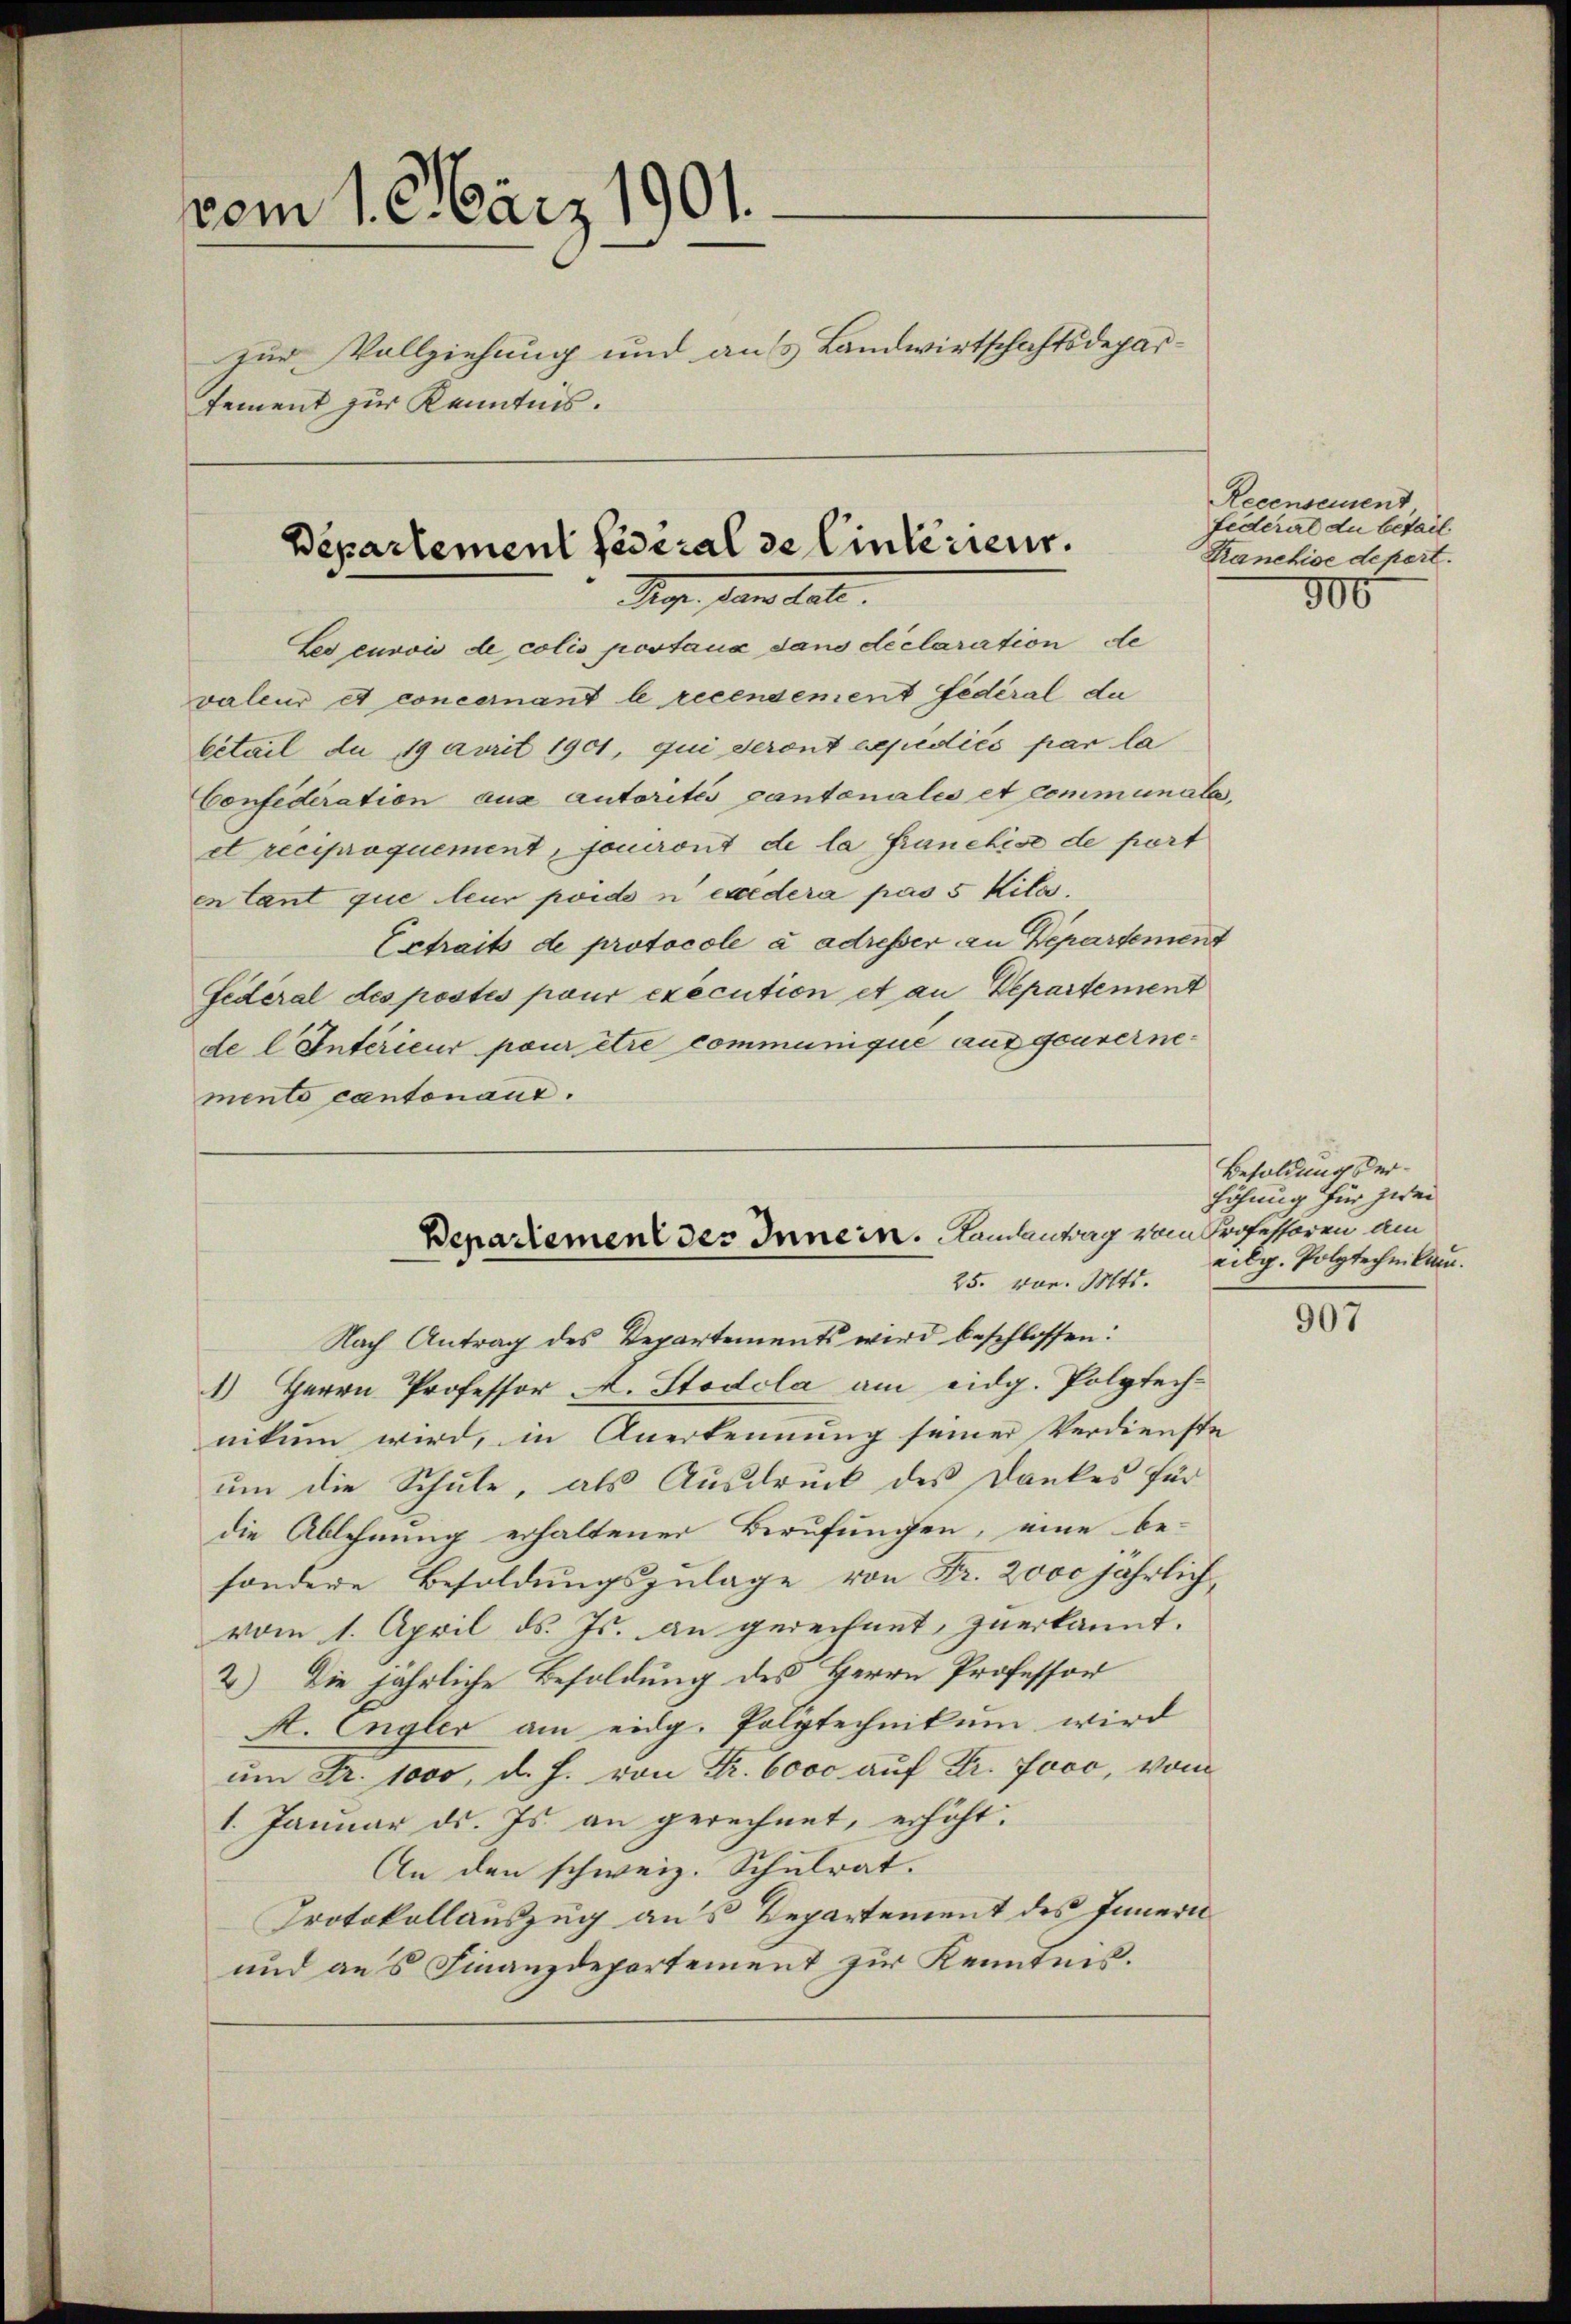
vom 1. März 1901.
zur Vollziehung und aus Landwirtschaftsdeparsement zur Kenntnis.

Departement Pestral de linkerienr.
Mege. Jans late.
Les envoi de colis postana dans declaration de

valeur et concernant le recendement fédéral da
Citail du 19 aurit 1901, qui seront expédiés par la
Confederation aus autorités pantonales et communale,
et reciproquement, pouront de la franchise de port
en Cant que leur poido n’ eredera pas 5 Kilo.
Extraits de protocole à adresser an Departement
Federal des postés paur execution et an Departement
de l Interieur pour être communique ausgouvernemento cantonanz.

Benadiement des Innern. Landantrag vom Professoren am
25. vor. Mts.

Recensement
Federat du bétail.
Kranchise depert.
300

Nach Antrag des Repartements wird beschlossen:
1 Herrn Professor L. Stodola am eidg. Polytechnikum wird, in Anerkennung seiner Verdienste
um die Schule, als Ausdruck des Dankes für
die Ablehnung erhaltener Berufungen, eine be-
sondere Besoldungszulage von Fr. 2000 jährlich
vom 1. April d. Js. an gerechnet, zuerkannt.
2.) Die jährliche Besoldung des Herrn Professor
A. Engler am eidg. Polytechnikum wird
um Fr. 1000, d. h. von Fr. 6000 auf Dr. Jooc, vom
1. Januar ds. Js. an gerechnet, erhöht.
An den schweiz. Schulrat.
Protokollauszug aus Departement des Innern
und aus Finanzdepartement zur Kenntnis.

Besoldung derhöhung für zwei
eilg. Polytechnikum.

907